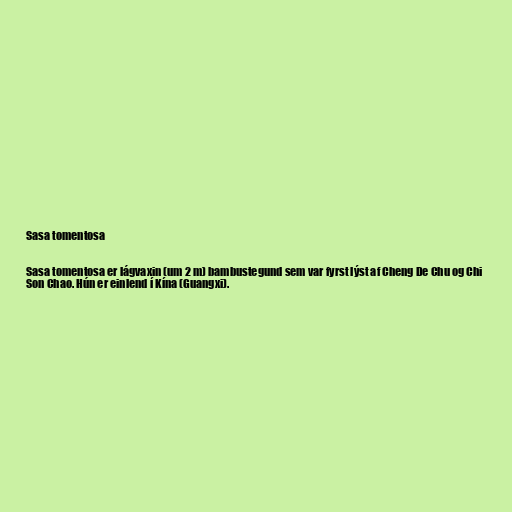
Sasa tomentosa

Sasa tomentosa er lágvaxin (um 2 m) bambustegund sem var fyrst lýst af Cheng De Chu og Chi
Son Chao. Hún er einlend í Kína (Guangxi).